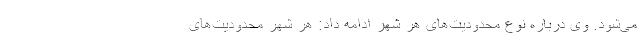
می‌شود. وی درباره نوع محدودیت‌های هر شهر ادامه داد: هر شهر محدودیت‌های